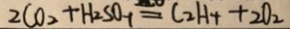
2 C O _ { 2 } + H _ { 2 } S O _ { 4 } = C _ { 2 } H _ { 4 } + 2 O _ { 2 }